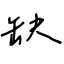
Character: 缺